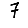
Digit: 7